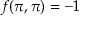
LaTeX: f ( \pi , \pi ) = - 1